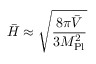
\bar { H } \approx \sqrt { \frac { 8 \pi \bar { V } } { 3 M _ { \mathrm { P l } } ^ { 2 } } }